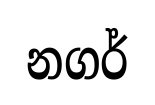
නගර්